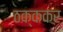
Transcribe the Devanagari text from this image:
ठक्ककर